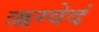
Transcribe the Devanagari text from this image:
ऋग्वेदं